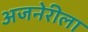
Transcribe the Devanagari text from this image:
अजनेरीला